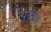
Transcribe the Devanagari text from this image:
न्यूट्राॅन